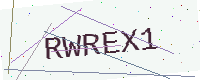
Text: RWREX1